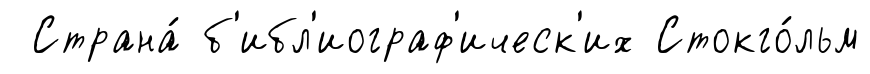
Страна́ б'ибл'иограф'ическ'их Стокго́льм